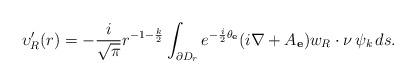
LaTeX: \begin{align*} \upsilon_R'(r)= -\frac{i}{\sqrt\pi}r^{-1-\frac k2} \int_{\partial D_r}e^{-\frac{i}{2}\theta_{\mathbf e}}(i\nabla+A_{\mathbf e})w_R\cdot\nu\, \psi_k\, ds.\end{align*}